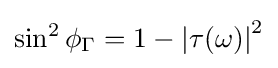
\sin ^{2}\phi _{\Gamma }=1-\left|\tau (\omega )\right|^{2}